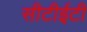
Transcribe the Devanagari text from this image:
सीटीईटी